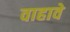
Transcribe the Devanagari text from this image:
वाहावे